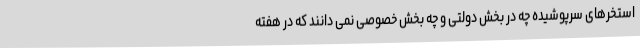
استخرهای سرپوشیده چه در بخش دولتی و چه بخش خصوصی نمی دانند که در هفته